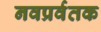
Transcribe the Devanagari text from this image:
नवप्रर्वतक